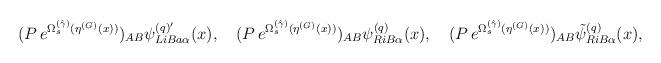
LaTeX: \begin{align*}(P\, e^{\Omega_s^{(\hat \gamma )}(\eta^{(G)}(x))} )_{AB} \psi^{(q){'}}_{LiBa\alpha}(x),\quad (P\, e^{\Omega_s^{(\hat \gamma )}(\eta^{(G)}(x))} )_{AB} \psi^{(q)}_{RiB\alpha}(x),\quad (P\, e^{\Omega_s^{(\hat \gamma )}(\eta^{(G)}(x))} )_{AB} {\tilde \psi}^{(q)}_{RiB\alpha}(x),\end{align*}